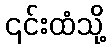
၎င်းထံသို့